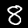
Digit: 8